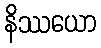
နိဿယော